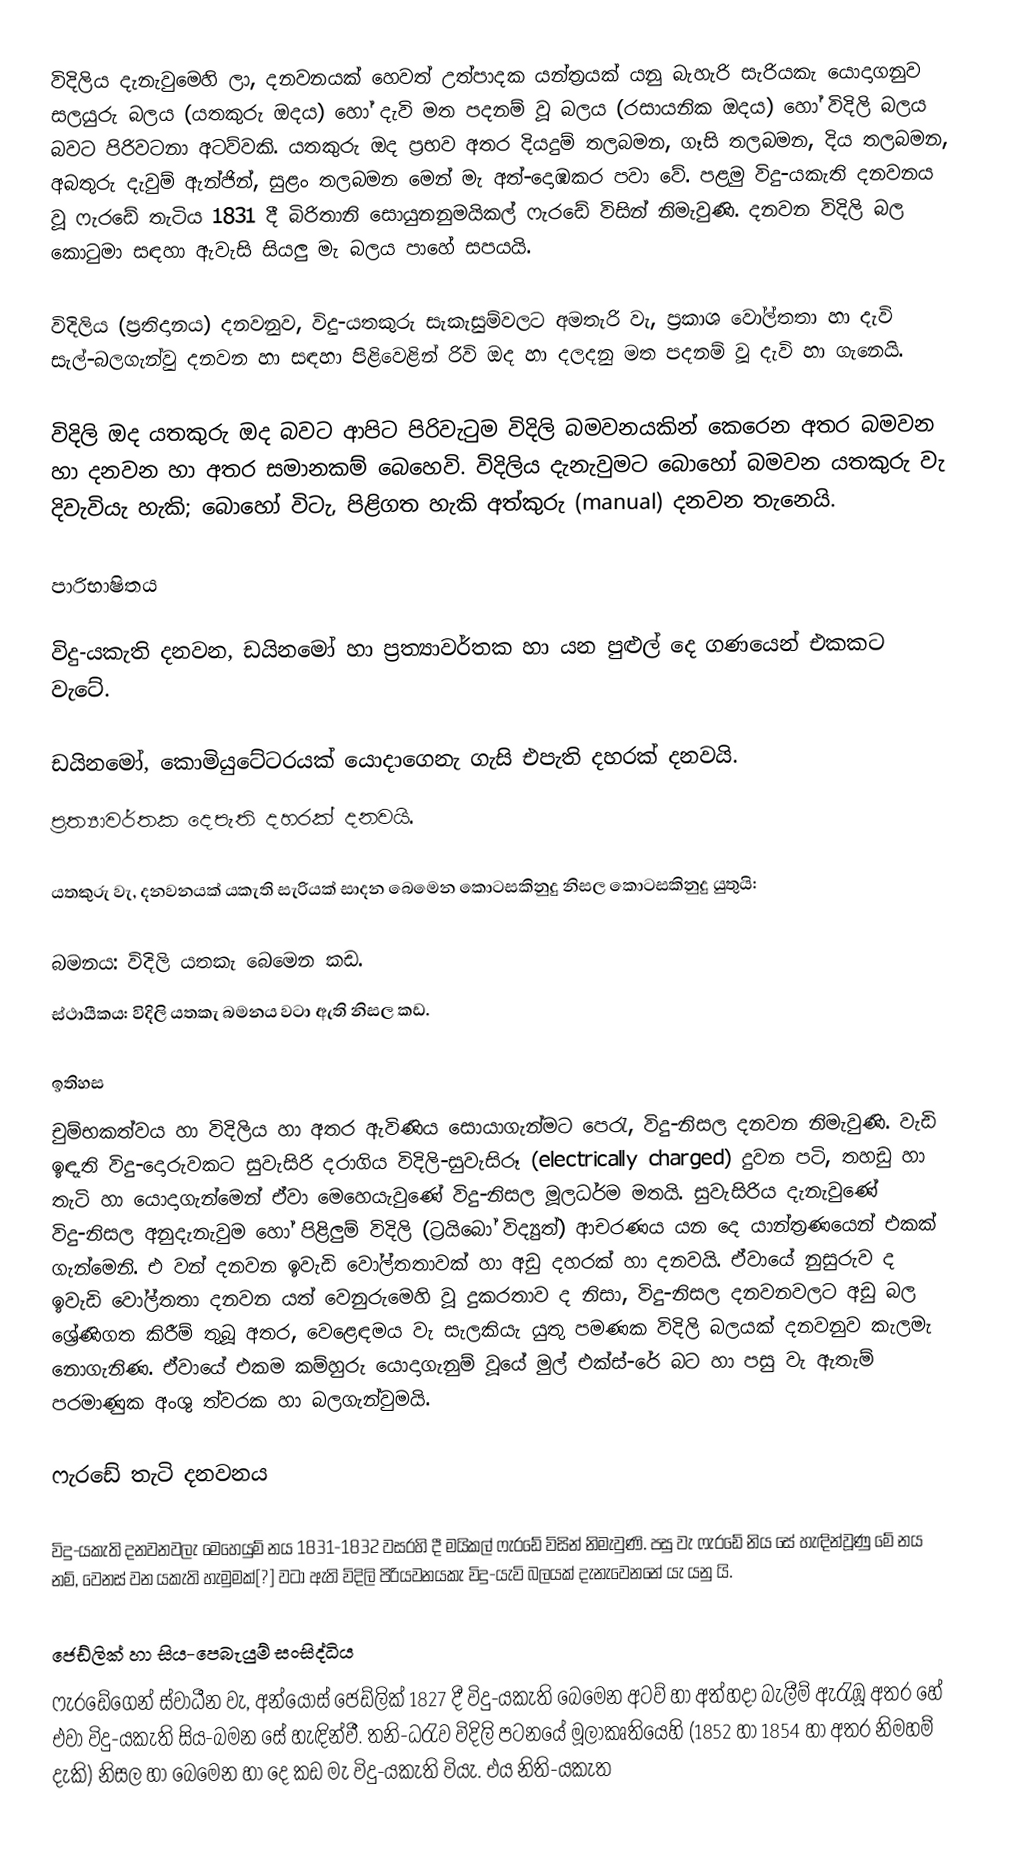
විදිලිය දැනැවුමෙහි ලා, දනවනයක් හෙවත් උත්පාදක යන්ත්‍රයක් යනු බැහැරි සැරියකැ යොදාගනුව සලයුරු බලය (යතකුරු ඔදය) හෝ දැවි මත පදනම් වූ බලය (රසායනික ඔදය) හෝ විදිලි බලය බවට පිරිවටනා අටව්වකි. යතකුරු ඔද ප්‍රභව අතර දියදුම් තලබමන, ගෑසි තලබමන, දිය තලබමන, අබතුරු දැවුම් ඇන්ජින්, සුළං තලබමන මෙන් මැ අත්-දොඹකර පවා වේ. පළමු විදු-යකැති දනවනය වූ ෆැරඩේ තැටිය 1831 දී බිරිතානි සොයුනනුමයිකල් ෆැරඩේ විසින් නිමැවුණි. දනවන විදිලි බල කොටුමා සඳහා ඇවැසි සියලු මැ බලය පාහේ සපයයි.

විදිලිය (ප්‍රතිදානය) දනවනුව, විදු-යතකුරු සැකැසුම්වලට අමතැරි වැ, ප්‍රකාශ වෝල්තතා හා දැවි සැල්-බලගැන්වු දනවන හා සඳහා පිළිවෙළින් රිවි ඔද හා දලදනු මත පදනම් වූ දැවි හා ගැනෙයි.

විදිලි ඔද යතකුරු ඔද බවට ආපිට පිරිවැටුම විදිලි බමවනයකින් කෙරෙන අතර බමවන හා දනවන හා අතර සමානකම් බෙහෙවි. විදිලිය දැනැවුමට බොහෝ බමවන යතකුරු වැ දිවැවියැ හැකි; බොහෝ විටැ, පිළිගත හැකි අත්කුරු (manual) දනවන තැනෙයි.

පාරිභාෂිතය

විදු-යකැති දනවන, ඩයිනමෝ හා ප්‍රත්‍යාවර්තක හා යන පුළුල් දෙ ගණයෙන් එකකට වැටේ.

 ඩයිනමෝ, කොමියුටේටරයක් යොදාගෙනැ ගැසි එපැති දහරක් දනවයි.
 ප්‍රත්‍යාවර්තක දෙපැති දහරක් දනවයි.

යතකුරු වැ, දනවනයක් යකැති සැරියක් සාදන බෙමෙන කොටසකිනුදු නිසල කොටසකිනුදු යුතුයි:

 බමනය: විදිලි යතකැ බෙමෙන කඩ.
 ස්ථායීකය: විදිලි යතකැ බමනය වටා ඇති නිසල කඩ.

ඉතිහස
චුම්භකත්වය හා විදිලිය හා අතර ඇවිණිය සොයාගැන්මට පෙරැ, විදු-නිසල දනවන නිමැවුණි. වැඩි ඉඳැති විදු-දොරුවකට සුවැසිරි දරාගිය විදිලි-සුවැසිරූ (electrically charged) දුවන පටි, තහඩු හා තැටි හා යොදාගැන්මෙන් ඒවා මෙහෙයැවුණේ විදු-නිසල මූලධර්ම මතයි. සුවැසිරිය දැනැවුණේ විදු-නිසල අනුදැනැවුම හෝ පිළිලුම් විදිලි (ට්‍රයිබෝ විද්‍යුත්) ආචරණය යන දෙ යාන්ත්‍රණයෙන් එකක් ගැන්මෙනි. එ වන් දනවන ඉවැඩි වෝල්තතාවක් හා අඩු දහරක් හා දනවයි. ඒවායේ නුසුරුව ද ඉවැඩි වෝල්තතා දනවන යත් වෙනුරුමෙහි වූ දුකරතාව ද නිසා, විදු-නිසල දනවනවලට අඩු බල ශ්‍රේණිගත කිරීම් තුබූ අතර, වෙළෙඳමය වැ සැලකියැ යුතු පමණක විදිලි බලයක් දනවනුව කැලමැ නොගැනිණ. ඒවායේ එකම කම්හුරු යොදාගැනුම් වූයේ මුල් එක්ස්-රේ බට හා පසු වැ ඇතැම් පරමාණුක අංශු ත්වරක හා බලගැන්වුමයි.

ෆැරඩේ තැටි දනවනය

විදු-යකැති දනවනවලැ මෙහෙයුම් නය 1831-1832 වසරහි දී මයිකල් ෆැරඩේ විසින් නිමැවුණි. පසු වැ ෆැරඩේ නිය සේ හැඳින්වූණු මේ නය නම්, වෙනස් වන යකැති හැමුමක්[?] වටා ඇති විදිලි පිරියවනයකැ විදු-යැවි බලයක් දැනැවෙනනේ යැ යනු යි.

ජෙඩ්ලික් හා සිය-පෙබැයුම් සංසිද්ධිය
ෆැරඩේගෙන් ස්වාධීන වැ, අන්යෝස් ජෙඩ්ලික් 1827 දී විදු-යකැති බෙමෙන අටව් හා අත්හදා බැලීම් ඇරැඹූ අතර හේ එවා විදු-යකැති සිය-බමන සේ හැඳින්වී. තනි-ධ‍්‍රැව විදිලි පටනයේ මූලාකෘතියෙහි (1852 හා 1854 හා අතර නිමහම් දැකි) නිසල හා බෙමෙන හා දෙ කඩ මැ විදු-යකැති වියැ. එය නිති-යකැත